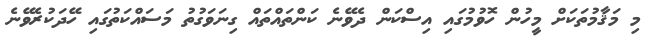
މި މަޤާމުތަކަށް މީހުން ހޮވުމުގައި އިސްކަން ދެވޭނެ ކަންތައްތައް ގިނަވަގުތު މަސައްކަތުގައި ހޭދަކުރެވޭނެ